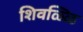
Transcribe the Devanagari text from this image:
शिवळ्ळि